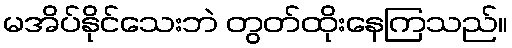
မအိပ်နိုင်သေးဘဲ တွတ်ထိုးနေကြသည်။